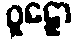
ဝူဠှော